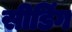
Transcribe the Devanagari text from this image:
सीडिंग